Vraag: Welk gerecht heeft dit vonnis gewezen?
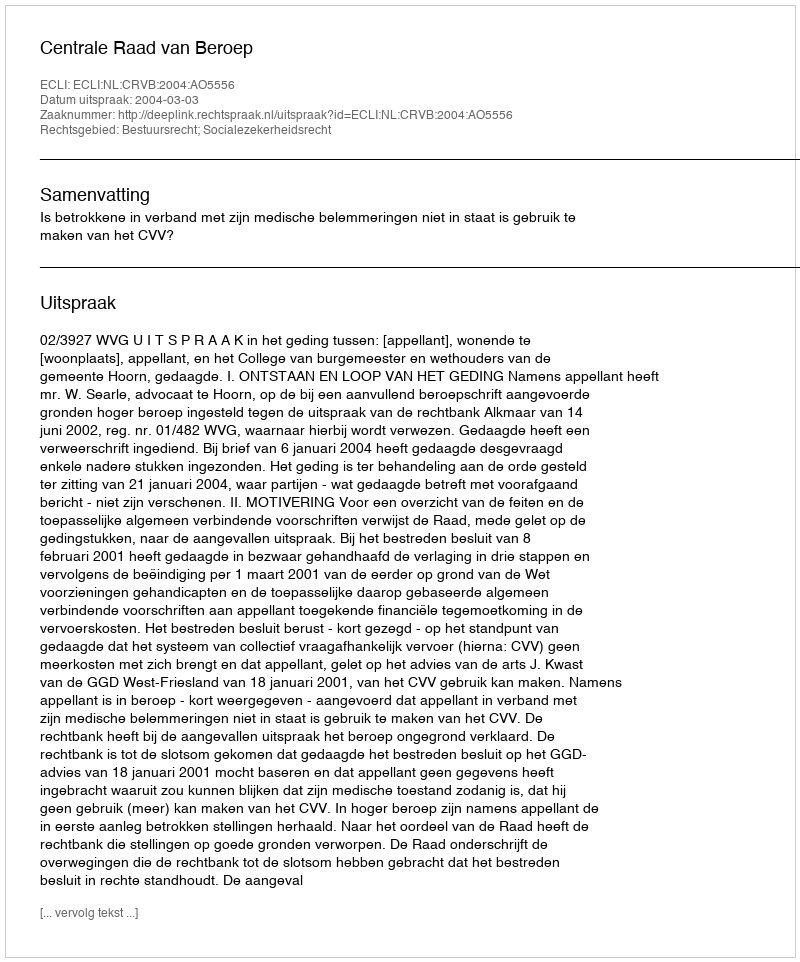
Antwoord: Centrale Raad van Beroep